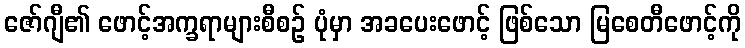
ဇော်ဂျီ၏ ဖောင့်အက္ခရာများစီစဉ် ပုံမှာ အခပေးဖောင့် ဖြစ်သော မြစေတီဖောင့်ကို